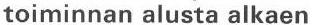
toiminnan alusta alkaen